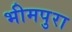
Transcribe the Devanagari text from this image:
भीमपुरा